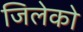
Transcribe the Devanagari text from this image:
जिलेको